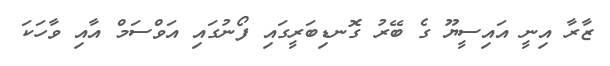
ޒާރާ އިނީ އައިސީޔޫ ގެ ބޭރު ގޮނޑިބަރީގައި ފޯނުގައި އަވްސަމް އާއި ވާހަކަ